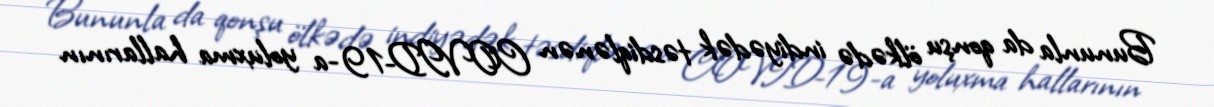
Bununla da qonşu ölkədə indiyədək təsdiqlənən COVID-19-a yoluxma hallarının